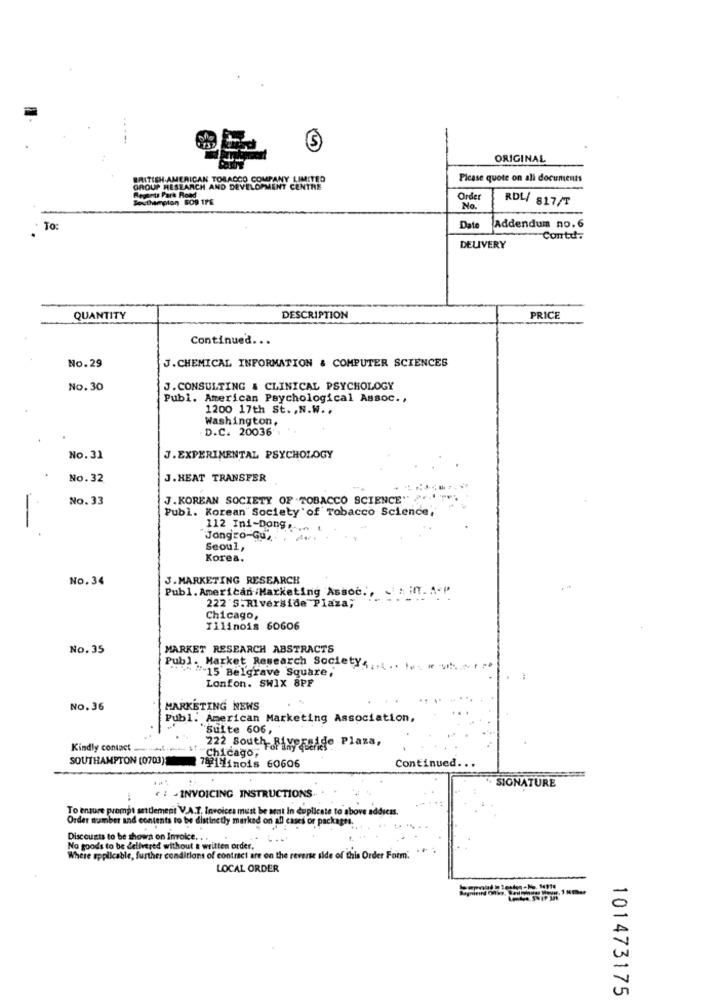
5
ORIGINAL
BRITISH AMERICAN TOBACCO COMPANY LIMITED
Picase quote on all documents
GROUP RESEARCH AND DEVELOPMENT CENTRE
Regents Park Road
Order
RDL/ 817/T
No.
· To:
Date
Addendum no.6
Contd:
DELIVERY
QUANTITY
DESCRIPTION
PRICE
Continued ...
J.CHEMICAL INFORMATION & COMPUTER SCIENCES
No.29
No. 30
J.CONSULTING & CLINICAL PSYCHOLOGY
Publ. American Psychological Assoc .,
1200 17th St ., N.W ..
Washington,
. D.C. 20036%
No.31
J.EXPERIMENTAL PSYCHOLOGY
No.32
J.HEAT TRANSFER
No. 33
J.KOREAN SOCIETY OF TOBACCO SCIENCE"
Publ. Korean" Society of Tobacco Science,
-
112 Ini-Dong ......
"Jangro-Gu",
Seoul,
Korea.
No.34
J. MARKETING RESEARCH
Publ. American /Marketing Assoc .,
222'S.Riverside Plaza;
Chicago,
Tilinois 60606
No.35
MARKET RESEARCH ABSTRACTS
Publ. Market Research Society,
** 54 -15 Belgrave Square,
Lonfon. SWIX 8PF
No.36
MARKETING NEWS
Publ. American Marketing Association,
Suite 606,
Kindly contact ------ st-
222 South- Riverside Plaza,
"Chicago,
SOUTHAMPTON (0703) 792 inois 60606
Continued ...
· SIGNATURE
f : - INVOICING INSTRUCTIONS
To ensure prompt settlement V.A.Z. Invoices must be sent In duplicate to above address.
Order number and contents to be distinctly marked on all cases or packages.
Discounts to be shown on Invoice .. .
No goods to be delivered without a written order.
Where applicable, further conditions of contract are on the reverse side of this Order Form'.
LOCAL ORDER
101473175